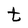
Character: t